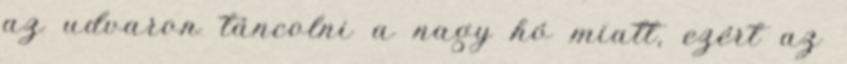
az udvaron táncolni a nagy hó miatt, ezért az